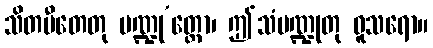
သိတပီတေတု ပဏ္ဍု’တ္တော၊ ဤသံပဏ္ဍုတု ဓူသရော။